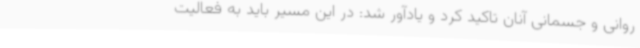
روانی و جسمانی آنان تاکید کرد و یادآور شد: در این مسیر باید به فعالیت